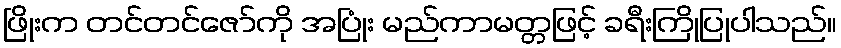
ဖြိုးက တင်တင်ဇော်ကို အပြုံး မည်ကာမတ္တဖြင့် ခရီးကြိုပြုပါသည်။